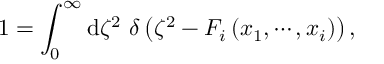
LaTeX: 1 = \int _ { 0 } ^ { \infty } \mathrm { d } \zeta ^ { 2 } ~ \delta \left( \zeta ^ { 2 } - F _ { i } \left( x _ { 1 } , \cdots , x _ { i } \right) \right) ,